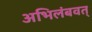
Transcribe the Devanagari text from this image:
अभिलंबवत्‌